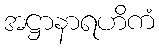
အဋ္ဌာနာရဟိကံ